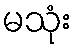
မသုံး